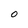
Character: 0